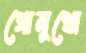
গোমুখো